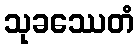
သုခဿေတံ